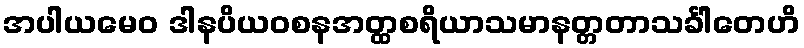
အပါယမေဝ ဒါနပိယဝစနအတ္ထစရိယာသမာနတ္တတာသင်္ခါတေဟိ